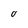
Character: O